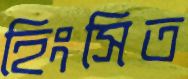
হিংসিত